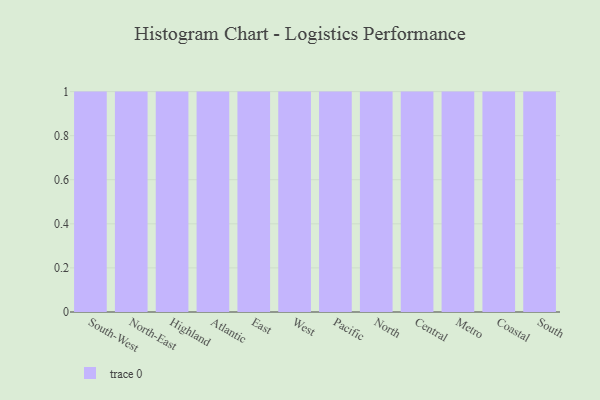
{"axis": {"x": "Region", "y": "Operating Costs (USD K)"}, "legend": [""], "data": [{"x": "South-West", "y": 7, "type": ""}, {"x": "North-East", "y": 23, "type": ""}, {"x": "Highland", "y": 74, "type": ""}, {"x": "Atlantic", "y": 89, "type": ""}, {"x": "East", "y": 50, "type": ""}, {"x": "West", "y": 61, "type": ""}, {"x": "Pacific", "y": 84, "type": ""}, {"x": "North", "y": 39, "type": ""}, {"x": "Central", "y": 32, "type": ""}, {"x": "Metro", "y": 31, "type": ""}, {"x": "Coastal", "y": 7, "type": ""}, {"x": "South", "y": 10, "type": ""}]}